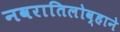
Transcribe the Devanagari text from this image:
नवरातिलोव्हाने